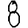
Digit: 8